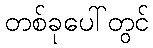
တစ်ခုပေါ်တွင်